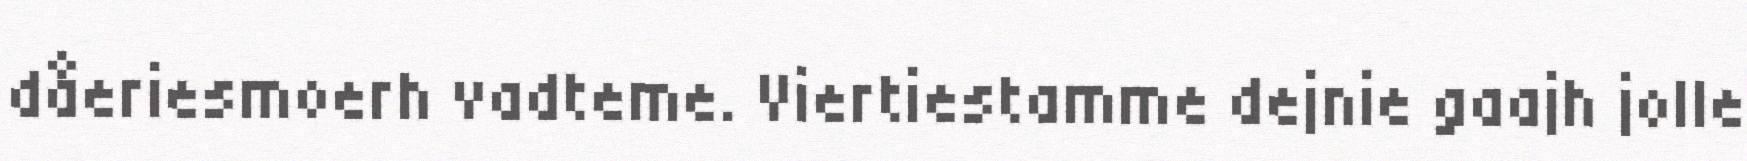
dåeriesmoerh vadteme. Viertiestamme dejnie gaajh jolle